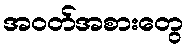
အဝတ်အစားတွေ